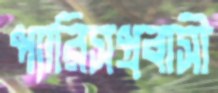
প্যারিসপ্রবাসী